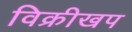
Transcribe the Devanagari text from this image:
विक्रीखप